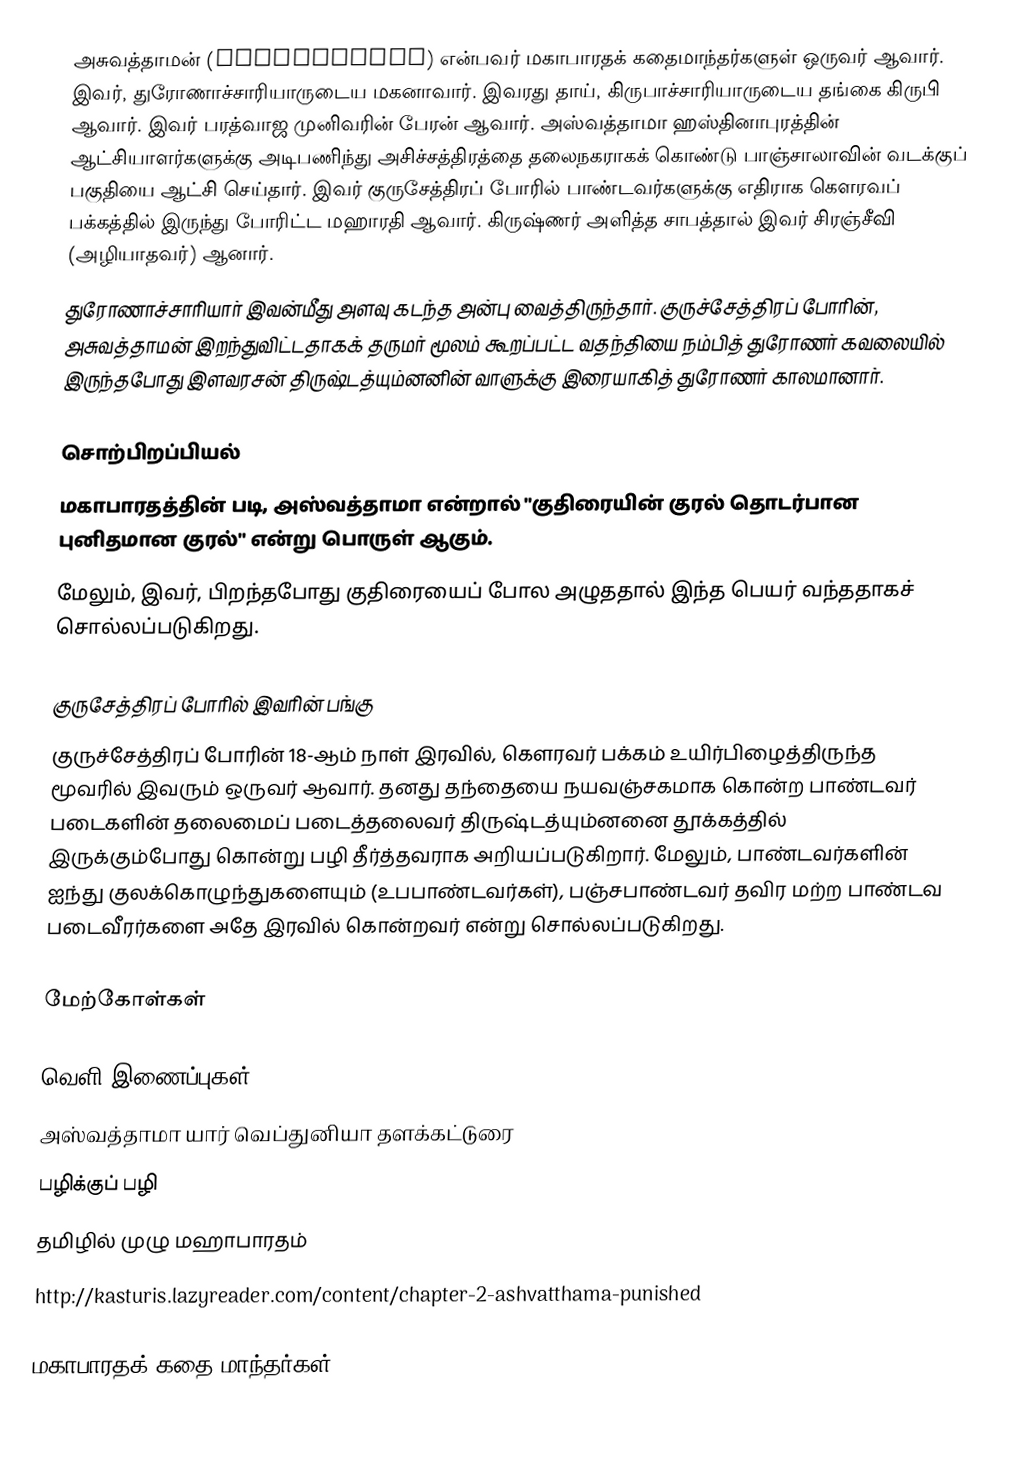
அசுவத்தாமன் (Ashwatthama) என்பவர் மகாபாரதக் கதைமாந்தர்களுள் ஒருவர் ஆவார். இவர், துரோணாச்சாரியாருடைய மகனாவார். இவரது தாய், கிருபாச்சாரியாருடைய தங்கை கிருபி ஆவார். இவர் பரத்வாஜ முனிவரின் பேரன் ஆவார். அஸ்வத்தாமா ஹஸ்தினாபுரத்தின் ஆட்சியாளர்களுக்கு அடிபணிந்து அசிச்சத்திரத்தை தலைநகராகக் கொண்டு பாஞ்சாலாவின் வடக்குப் பகுதியை ஆட்சி செய்தார். இவர் குருசேத்திரப் போரில் பாண்டவர்களுக்கு எதிராக கௌரவப் பக்கத்தில் இருந்து போரிட்ட மஹாரதி ஆவார். கிருஷ்ணர் அளித்த சாபத்தால் இவர் சிரஞ்சீவி (அழியாதவர்) ஆனார்.
துரோணாச்சாரியார் இவன்மீது அளவு கடந்த அன்பு வைத்திருந்தார். குருச்சேத்திரப் போரின், அசுவத்தாமன் இறந்துவிட்டதாகக் தருமர் மூலம் கூறப்பட்ட வதந்தியை நம்பித் துரோணர் கவலையில் இருந்தபோது இளவரசன் திருஷ்டத்யும்னனின் வாளுக்கு இரையாகித் துரோணர் காலமானார்.

சொற்பிறப்பியல்
மகாபாரதத்தின் படி, அஸ்வத்தாமா என்றால் "குதிரையின் குரல் தொடர்பான புனிதமான குரல்" என்று பொருள் ஆகும்.
மேலும், இவர், பிறந்தபோது குதிரையைப் போல அழுததால் இந்த பெயர் வந்ததாகச் சொல்லப்படுகிறது.

குருசேத்திரப் போரில் இவரின் பங்கு
குருச்சேத்திரப் போரின் 18-ஆம் நாள் இரவில், கௌரவர் பக்கம் உயிர்பிழைத்திருந்த மூவரில் இவரும் ஒருவர் ஆவார். தனது தந்தையை நயவஞ்சகமாக கொன்ற பாண்டவர் படைகளின் தலைமைப் படைத்தலைவர் திருஷ்டத்யும்னனை தூக்கத்தில் இருக்கும்போது கொன்று பழி தீர்த்தவராக அறியப்படுகிறார். மேலும்,  பாண்டவர்களின் ஐந்து குலக்கொழுந்துகளையும் (உபபாண்டவர்கள்), பஞ்சபாண்டவர் தவிர மற்ற பாண்டவ படைவீரர்களை அதே இரவில் கொன்றவர் என்று சொல்லப்படுகிறது.

மேற்கோள்கள்

வெளி இணைப்புகள்
 அஸ்வத்தாமா யார் வெப்துனியா தளக்கட்டுரை
பழிக்குப் பழி
 தமிழில் முழு மஹாபாரதம்
 http://kasturis.lazyreader.com/content/chapter-2-ashvatthama-punished

மகாபாரதக் கதை மாந்தர்கள்